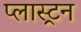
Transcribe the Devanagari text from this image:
प्लास्ट्रन